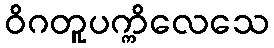
ဝိဂတူပက္ကိလေသေ